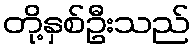
တို့နှစ်ဦးသည်